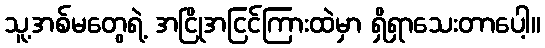
သူ့အစ်မတွေရဲ့ အငြိုအငြင်ကြားထဲမှာ ရှိရှာသေးတာပေါ့။